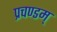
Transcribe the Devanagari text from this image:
प्रचण्डम्